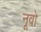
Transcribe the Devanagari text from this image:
नूवो